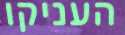
העניקו